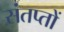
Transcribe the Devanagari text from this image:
संतप्तों